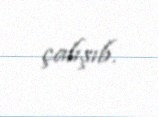
çalışıb.